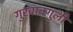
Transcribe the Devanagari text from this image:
गुरबानगुली